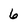
Character: 6